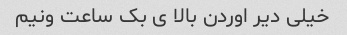
خیلی دیر اوردن بالا ی بک ساعت ونیم